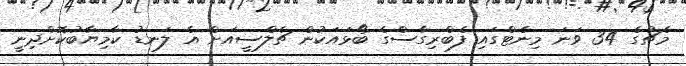
މެޗުގެ 34 ވަނަ މިނެޓްގައި ފެބްރިގާސްގެ ބޯޅައަކުން ޗެލްސީއަށް އެ ލަނޑު ކާމިޔާބުކޮށްދިނީ